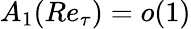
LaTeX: A_{1}(Re_{\tau})=o(1)